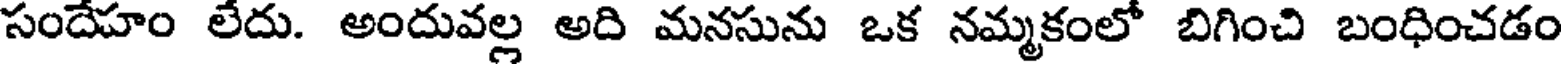
సందేహం లేదు. అందువల్ల అది మనసును ఒక నమ్మకంలో బిగించి బంధించడం